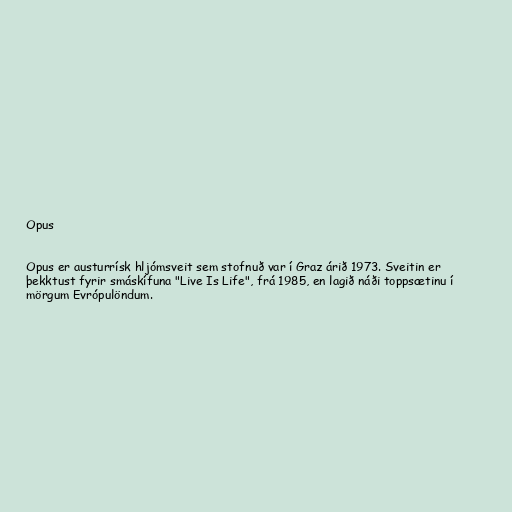
Opus

Opus er austurrísk hljómsveit sem stofnuð var í Graz árið 1973. Sveitin er
þekktust fyrir smáskífuna "Live Is Life", frá 1985, en lagið náði toppsætinu í
mörgum Evrópulöndum.